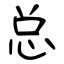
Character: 总